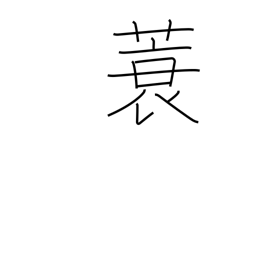
Meaning: straw raincoat